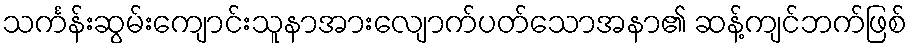
သင်္ကန်းဆွမ်းကျောင်းသူနာအားလျောက်ပတ်သောအနာ၏ ဆန့်ကျင်ဘက်ဖြစ်